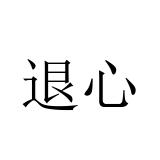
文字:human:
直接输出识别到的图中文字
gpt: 退心